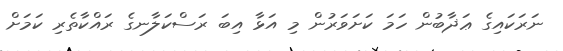
ނަރަކައިގެ ޢަޛާބުން ހަމަ ކަށަވަރުން މި އަޅާ އިބަ ރަސްކަލާނގެ ރައްކާތެރި ކަމަށް